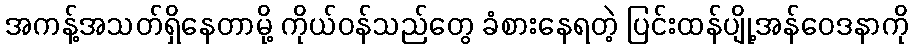
အကန့်အသတ်ရှိနေတာမို့ ကိုယ်ဝန်သည်တွေ ခံစားနေရတဲ့ ပြင်းထန်ပျို့အန်ဝေဒနာကို